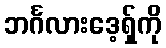
ဘင်္ဂလားဒေ့ရှ်ကို